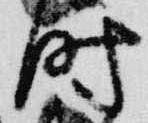
時